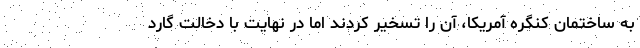
به ساختمان کنگره آمریکا، آن را تسخیر کردند اما در نهایت با دخالت گارد